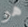
هو